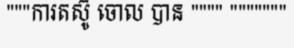
"""ការតស៊ូ ចោល បាន """" """""""